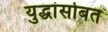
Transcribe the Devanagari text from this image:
युद्धांसोबत